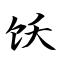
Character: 饫